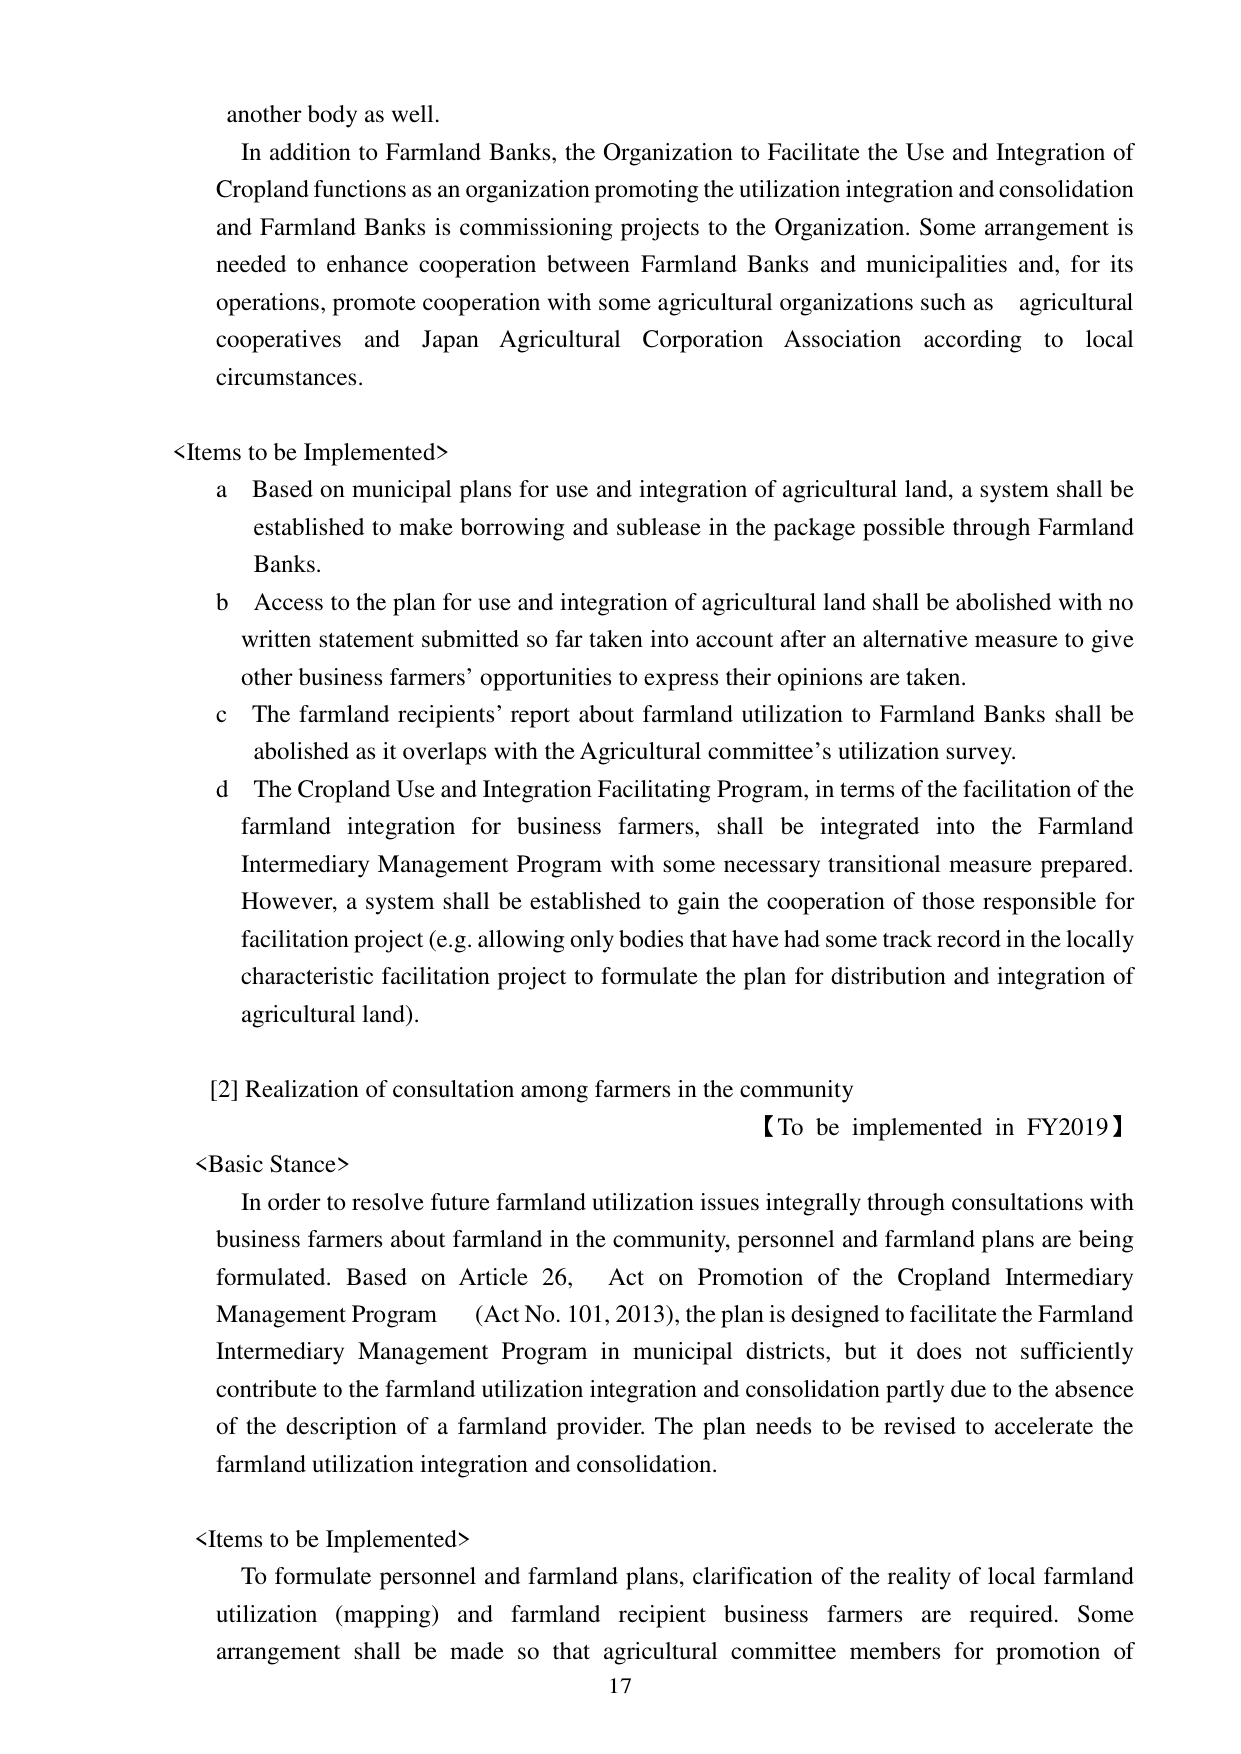
another body as well.

In addition to Farmland Banks, the Organization to Facilitate the Use and Integration of Cropland functions as an organization promoting the utilization integration and consolidation and Farmland Banks is commissioning projects to the Organization. Some arrangement is needed to enhance cooperation between Farmland Banks and municipalities and, for its operations, promote cooperation with some agricultural organizations such as agricultural cooperatives and Japan Agricultural Corporation Association according to local circumstances.

<Items to be Implemented>
a Based on municipal plans for use and integration of agricultural land, a system shall be established to make borrowing and sublease in the package possible through Farmland Banks.
b Access to the plan for use and integration of agricultural land shall be abolished with no written statement submitted so far taken into account after an alternative measure to give other business farmers’ opportunities to express their opinions are taken.
c The farmland recipients’ report about farmland utilization to Farmland Banks shall be abolished as it overlaps with the Agricultural committee’s utilization survey.
d The Cropland Use and Integration Facilitating Program, in terms of the facilitation of the farmland integration for business farmers, shall be integrated into the Farmland Intermediary Management Program with some necessary transitional measure prepared. However, a system shall be established to gain the cooperation of those responsible for facilitation project (e.g. allowing only bodies that have had some track record in the locally characteristic facilitation project to formulate the plan for distribution and integration of agricultural land).

[2] Realization of consultation among farmers in the community 【To be implemented in FY2019】

<Basic Stance>
In order to resolve future farmland utilization issues integrally through consultations with business farmers about farmland in the community, personnel and farmland plans are being formulated. Based on Article 26, Act on Promotion of the Cropland Intermediary Management Program (Act No. 101, 2013), the plan is designed to facilitate the Farmland Intermediary Management Program in municipal districts, but it does not sufficiently contribute to the farmland utilization integration and consolidation partly due to the absence of the description of a farmland provider. The plan needs to be revised to accelerate the farmland utilization integration and consolidation.

<Items to be Implemented>
To formulate personnel and farmland plans, clarification of the reality of local farmland utilization (mapping) and farmland recipient business farmers are required. Some arrangement shall be made so that agricultural committee members for promotion of

17